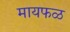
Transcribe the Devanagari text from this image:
मायफळ